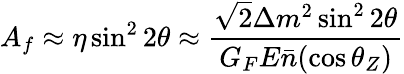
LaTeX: A_{f}\approx\eta\sin^{2}2\theta\approx\frac{\sqrt{2}\Delta m^{2}\sin^{2}2\theta}{G_{F}E\bar{n}(\cos\theta_{Z})}